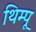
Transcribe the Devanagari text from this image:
थिम्पू